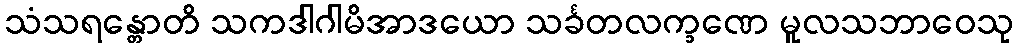
သံသရန္တောတိ သကဒါဂါမိအာဒယော သင်္ခတလက္ခဏေ မူလသဘာဝေသု